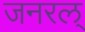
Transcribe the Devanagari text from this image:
जनरल्